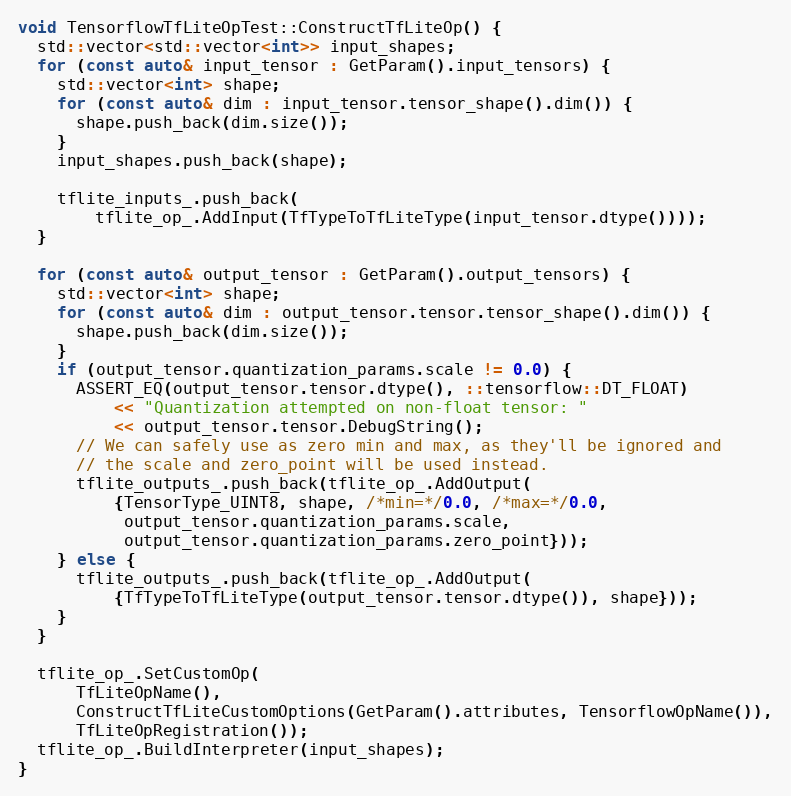
Language: C++
void TensorflowTfLiteOpTest::ConstructTfLiteOp() {
  std::vector<std::vector<int>> input_shapes;
  for (const auto& input_tensor : GetParam().input_tensors) {
    std::vector<int> shape;
    for (const auto& dim : input_tensor.tensor_shape().dim()) {
      shape.push_back(dim.size());
    }
    input_shapes.push_back(shape);

    tflite_inputs_.push_back(
        tflite_op_.AddInput(TfTypeToTfLiteType(input_tensor.dtype())));
  }

  for (const auto& output_tensor : GetParam().output_tensors) {
    std::vector<int> shape;
    for (const auto& dim : output_tensor.tensor.tensor_shape().dim()) {
      shape.push_back(dim.size());
    }
    if (output_tensor.quantization_params.scale != 0.0) {
      ASSERT_EQ(output_tensor.tensor.dtype(), ::tensorflow::DT_FLOAT)
          << "Quantization attempted on non-float tensor: "
          << output_tensor.tensor.DebugString();
      // We can safely use as zero min and max, as they'll be ignored and
      // the scale and zero_point will be used instead.
      tflite_outputs_.push_back(tflite_op_.AddOutput(
          {TensorType_UINT8, shape, /*min=*/0.0, /*max=*/0.0,
           output_tensor.quantization_params.scale,
           output_tensor.quantization_params.zero_point}));
    } else {
      tflite_outputs_.push_back(tflite_op_.AddOutput(
          {TfTypeToTfLiteType(output_tensor.tensor.dtype()), shape}));
    }
  }

  tflite_op_.SetCustomOp(
      TfLiteOpName(),
      ConstructTfLiteCustomOptions(GetParam().attributes, TensorflowOpName()),
      TfLiteOpRegistration());
  tflite_op_.BuildInterpreter(input_shapes);
}